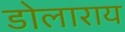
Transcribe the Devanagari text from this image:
डोलाराय